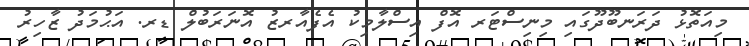
މިއަތޮޅު ދަރަނބޫދޫގައި މިނިސްޓަރ އޮފް އިސްލާމިކު އެފެއާރޒު އޮނަރަބުލް ޑރ. އަޙުމަދު ޒާހިރު